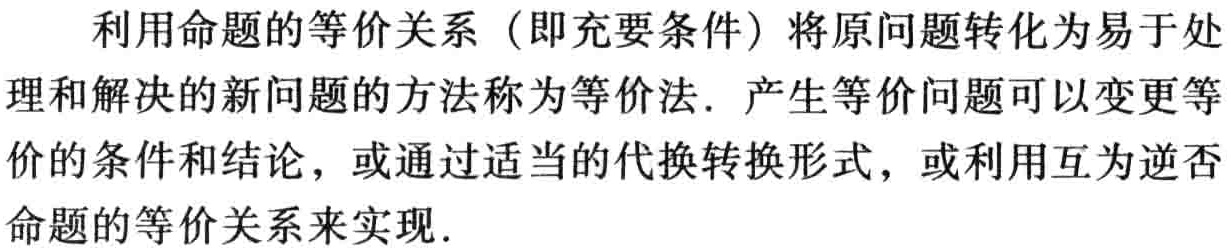
利用命题的等价关系（即充要条件）将原问题转化为易于处
理和解决的新问题的方法称为等价法. 产生等价问题可以变更等
价的条件和结论，或通过适当的代换转换形式，或利用互为逆否
命题的等价关系来实现.